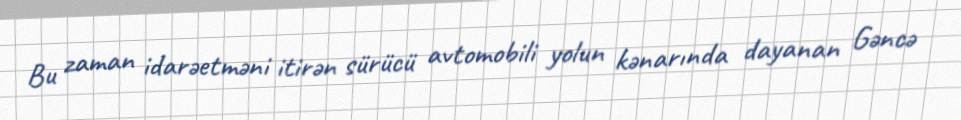
Bu zaman idarəetməni itirən sürücü avtomobili yolun kənarında dayanan Gəncə